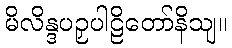
မိလိန္ဒပဉှပါဠိတော်နိသျ။